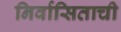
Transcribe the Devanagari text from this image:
निर्वासिताची